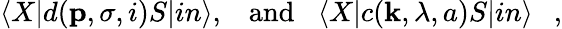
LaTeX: \langle X|d({\mathbf p},\sigma,i)S|in\rangle,\; \; \; \mathrm{and}\; \; \; \langle X|c({\mathbf k},\lambda,a)S|in\rangle~~~,